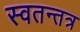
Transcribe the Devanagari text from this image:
स्वतन्तत्र